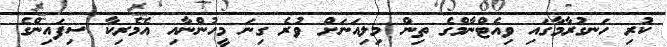
ކުރި ހަނގުރާމާގައި ވިއެޓްނާމްގެ ތިން މިލިއަނަށް ވުރެ ގިނަ މީހުންނާއި އެމެރިކާ ސިފައިންގެ